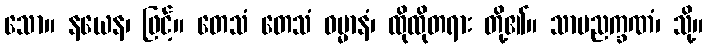
သော။ နယေန၊ ဖြင့်။ တေသံ တေသံ ဓမ္မာနံ၊ ထိုထိုတရား တို့၏။ သာမညက္ခဏံ၊ သို့။